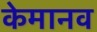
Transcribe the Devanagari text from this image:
केमानव